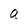
Character: a